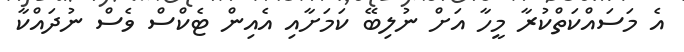
އެ މަސައްކަތްކުރާ މީހާ އަށް ނުލިބޭ ކަމަށާއި އެއިން ޓެކްސް ވެސް ނުދައްކާ